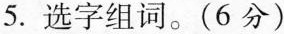
5.选字组词。(6分)